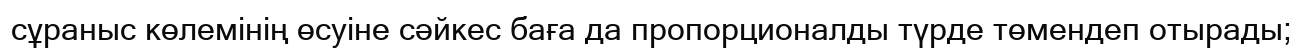
сұраныс көлемінің өсуіне сәйкес баға да пропорционалды түрде төмендеп отырады;